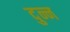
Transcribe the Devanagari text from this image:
दुन्न